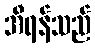
အီရန်သည်